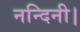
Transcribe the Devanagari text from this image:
नन्दिनी।